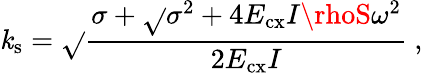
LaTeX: \mathit{k}_{\mathrm{{s}}}=\sqrt{}{{\frac{{\sigma+\sqrt{}{{\sigma^{2}+4E_{\mathrm{{cx}}}I\rhoS\omega^{2}}}}}{{2E_{\mathrm{{cx}}}I}}}}~,